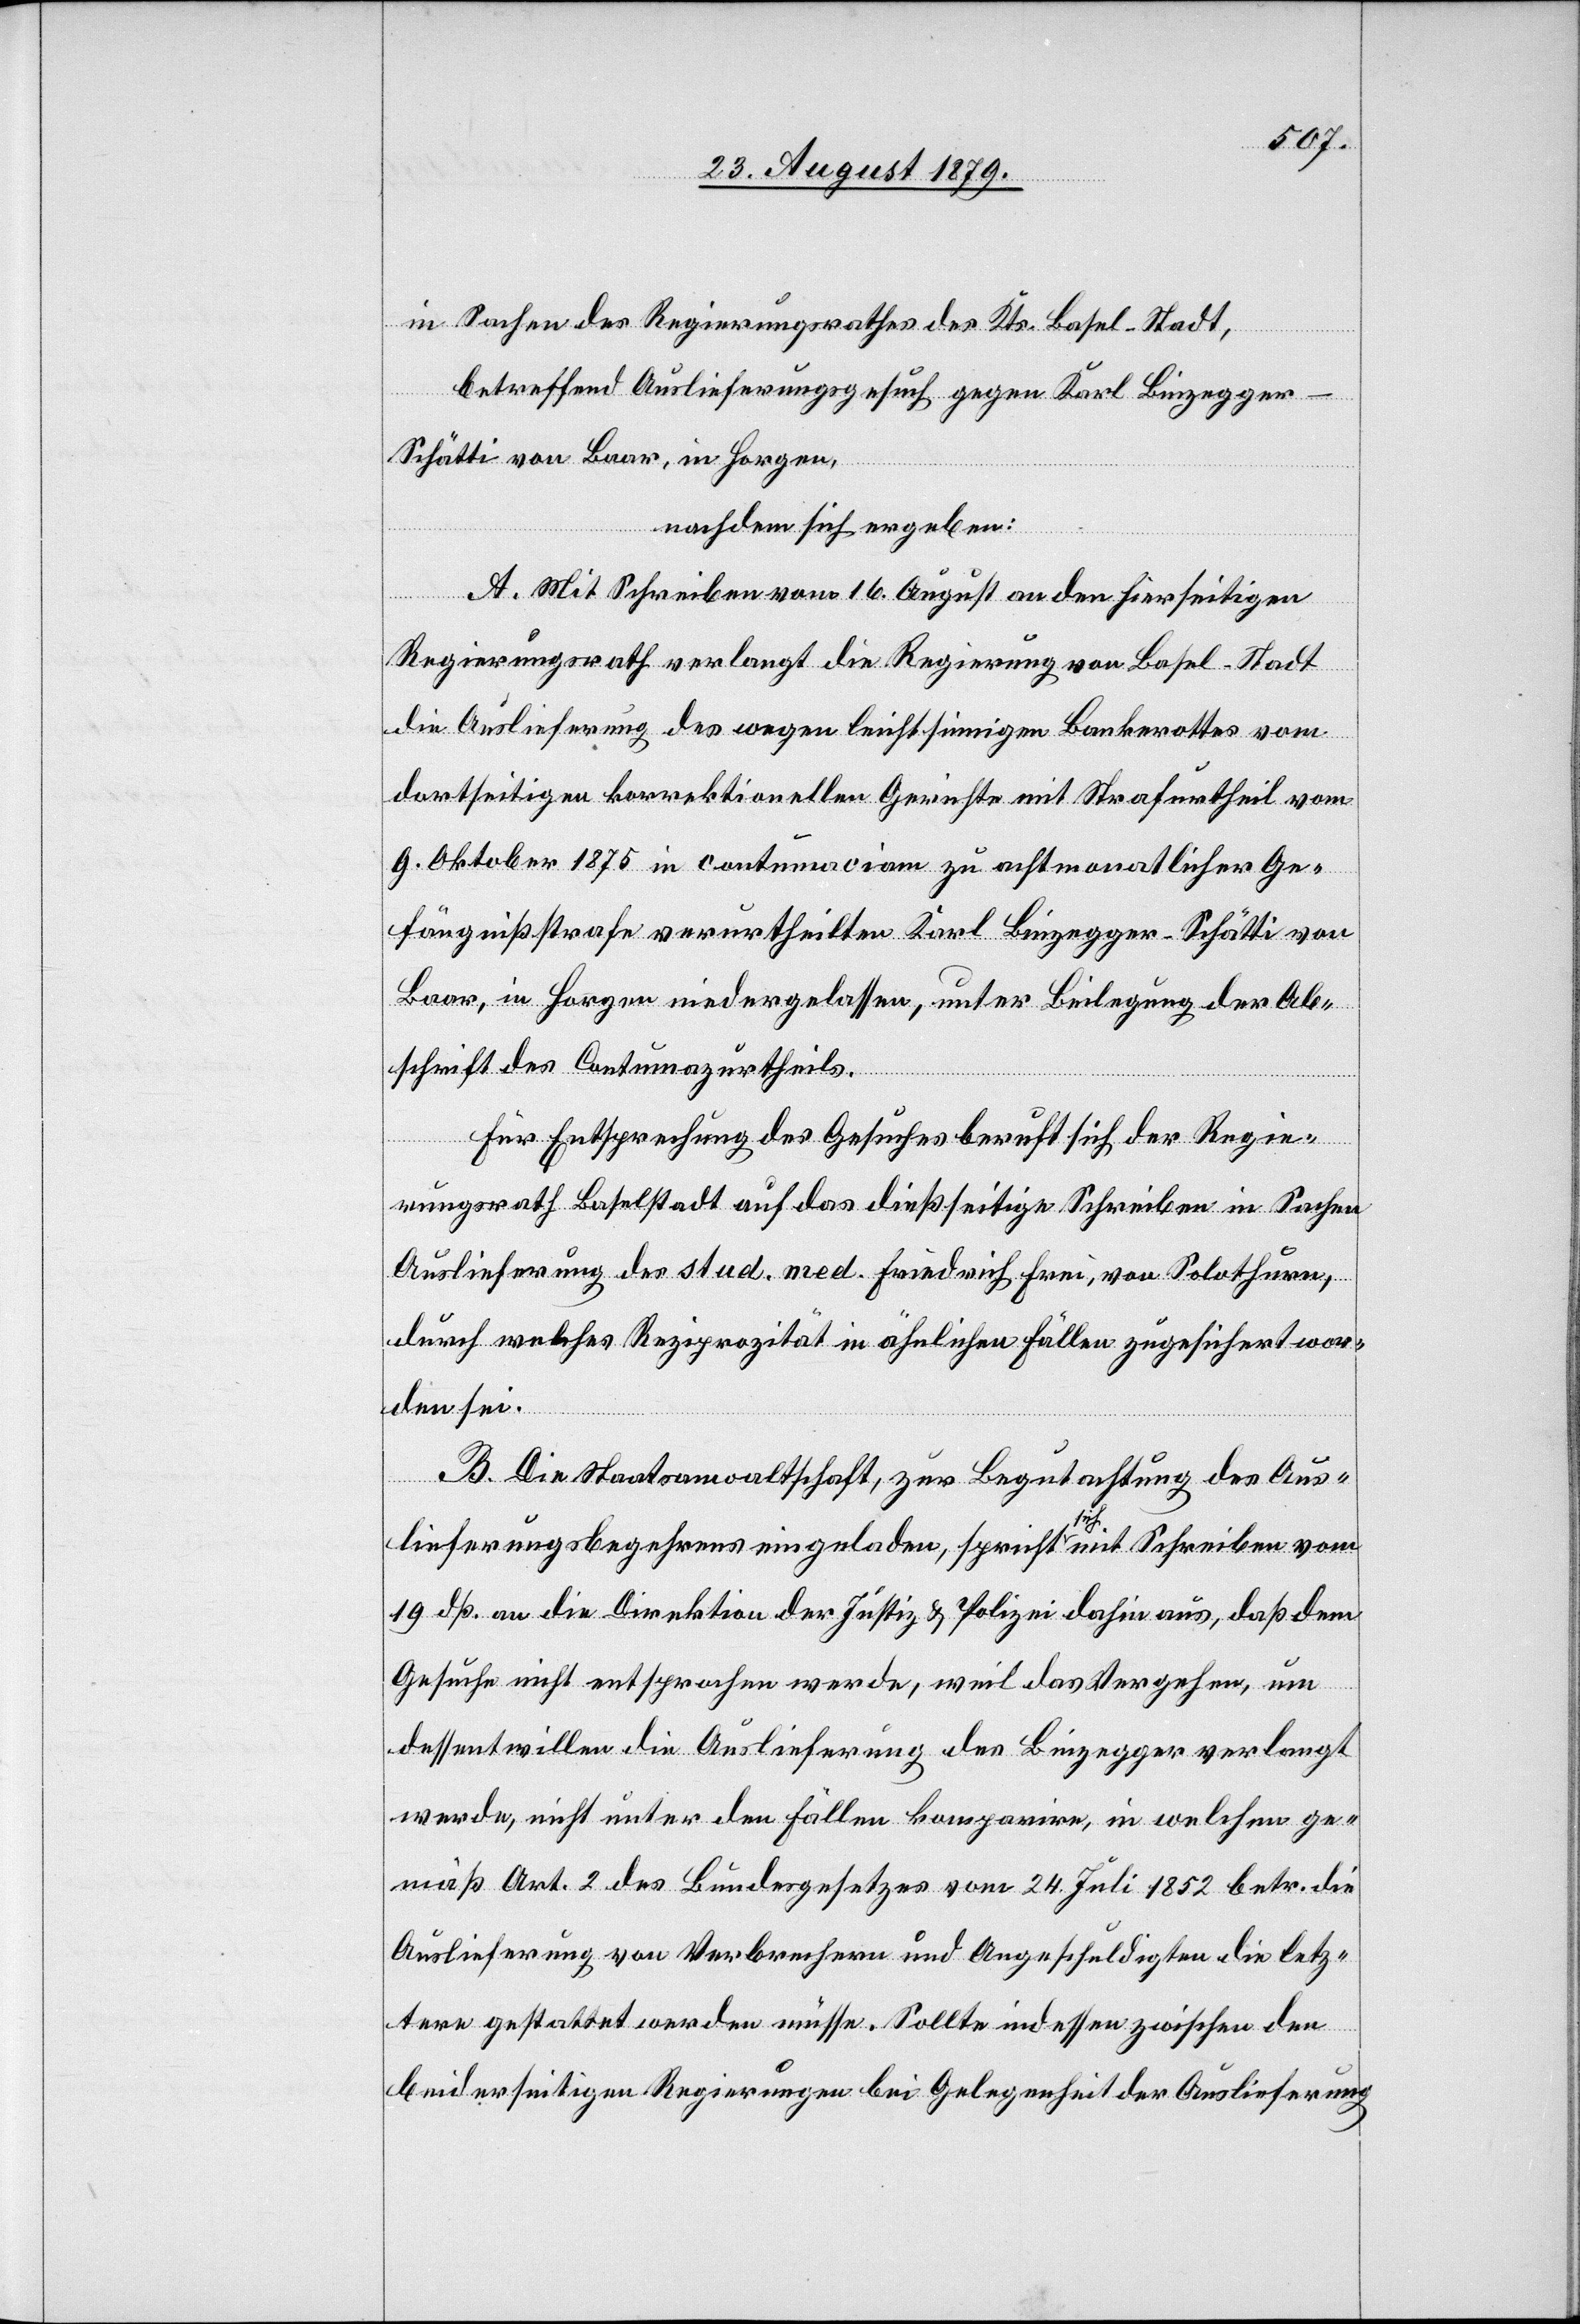
in Sachen des Regierungsrathes des Kts. Basel-Stadt,
betreffend Auslieferungsgesuch gegen Karl Binzegge¬
r-Schätti von Baar, in Horgen,
nachdem sich ergeben:
A. Mit Schreiben vom 16. August an den hierseitigen
Regierungsrath verlangt die Regierung von Basel-Stadt
die Auslieferung des wegen leichtsinnigen Bankerottes vom
dortseitigen korrektionellen Gerichte mit Strafurtheil vom
9. Oktober 1875 in contumaciam zu achtmonatlicher Ge¬
fängnißstrafe verurtheilte Karl Binzegger-Schätti von
Baar, in Horgen niedergelassen, unter Beilegung der Ab¬
schrift des Contumazurtheils.
Für Entsprechung des Gesuches beruft sich der Regie¬
rungsrath Baselstadt auf das dießseitige Schreiben in Sachen
Auslieferung des stud. med. Friedrich Frei, von Solothurn,
durch welches Reziprozität in ähnlichen Fällen zugesichert wor¬
den sei.
B. Die Staatsanwaltschaft, zur Begutachtung des Aus¬
lieferungsbegehrens eingeladen, spricht sich mit Schreiben vom
19. dß. an die Direktion der Justiz & Polizei dahin aus, daß dem
Gesuche nicht entsprochen werde, weil das Vergehen, um
dessentwillen die Auslieferung des Binzegger verlangt
werde, nicht unter den Fällen komparire, in welchen ge¬
mäß Art. 2 des Bundesgesetzes vom 24. Juli 1852 betr. die
Auslieferung von Verbrechern und Angeschuldigten die letz¬
tere gestattet werden müsse. Sollte indessen zwischen den
beiderseitigen Regierungen bei Gelegenheit der Auslieferung